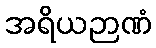
အရိယဉာဏံ